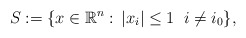
\begin{align*}S:=\{x\in \mathbb{R}^n:\, |x_i|\leq 1 \;\; i \neq i_0 \},\end{align*}